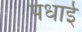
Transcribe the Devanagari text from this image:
पधाई